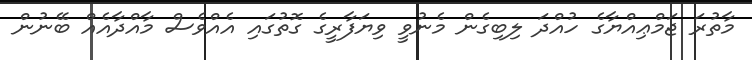
މާތުރަ ޖަމްޢިއްޔާގެ ހުއްދަ ލިބިގެން މެނުވީ ވިޔަފާރީގެ ގޮތުގައި އެއްވެސް މާއްދާއެއް ބޭނުން